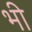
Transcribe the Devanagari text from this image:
भ्‍ाी